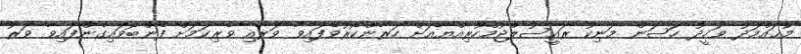
މުޙައްމަދު ވަހީދު ހަސަން މަނިކު ރައީސުލްޖުމްހޫރިއްޔާއަށް ހަރާންކޯރުވެފައިވާ ވަރާއި ވެރިކަމަށް ފެންބޮވައިގެންފައިވާ ވަރު